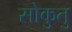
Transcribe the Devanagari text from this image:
सोकुतु